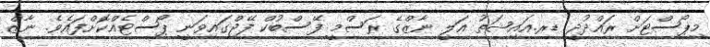
މިޕޯސްޓަށް ރައްދުދީ ޑރ.އައިޝަތު އަލީ ނާޒްގެ ރަސްމީ ފޭސްބުކް ފޭޖްގައިވަނީ ޕޯސްޓެއްކޮށްފައެވެ. ނާޒް